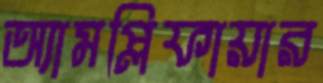
অ্যামপ্লিফায়ার